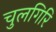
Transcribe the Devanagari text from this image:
चुलगिरि